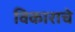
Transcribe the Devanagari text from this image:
विकाराचे